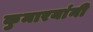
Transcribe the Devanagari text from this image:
कुमारयांनी